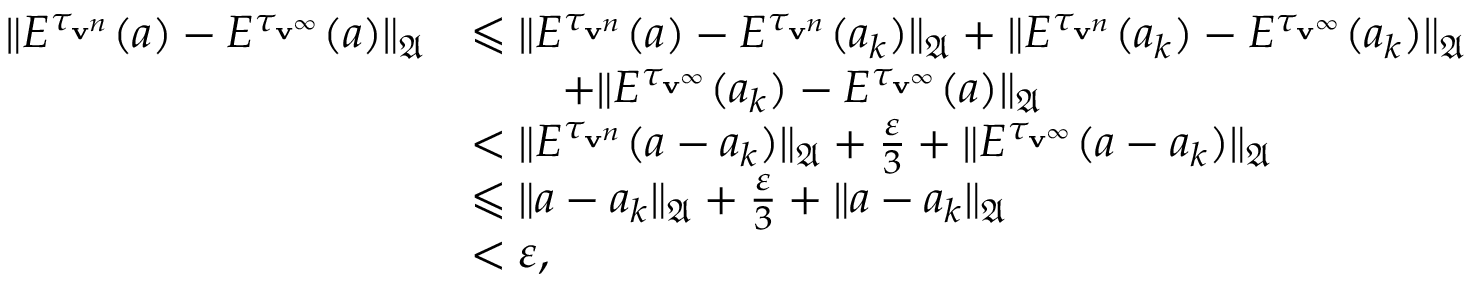
\begin{array} { r l } { \| E ^ { \tau _ { \mathbf { v } ^ { n } } } ( a ) - E ^ { \tau _ { \mathbf { v } ^ { \infty } } } ( a ) \| _ { \mathfrak { A } } } & { \leqslant \| E ^ { \tau _ { \mathbf { v } ^ { n } } } ( a ) - E ^ { \tau _ { \mathbf { v } ^ { n } } } ( a _ { k } ) \| _ { \mathfrak { A } } + \| E ^ { \tau _ { \mathbf { v } ^ { n } } } ( a _ { k } ) - E ^ { \tau _ { \mathbf { v } ^ { \infty } } } ( a _ { k } ) \| _ { \mathfrak { A } } } \\ & { \quad \quad + \| E ^ { \tau _ { \mathbf { v } ^ { \infty } } } ( a _ { k } ) - E ^ { \tau _ { \mathbf { v } ^ { \infty } } } ( a ) \| _ { \mathfrak { A } } } \\ & { < \| E ^ { \tau _ { \mathbf { v } ^ { n } } } ( a - a _ { k } ) \| _ { \mathfrak { A } } + \frac { \varepsilon } { 3 } + \| E ^ { \tau _ { \mathbf { v } ^ { \infty } } } ( a - a _ { k } ) \| _ { \mathfrak { A } } } \\ & { \leqslant \| a - a _ { k } \| _ { \mathfrak { A } } + \frac { \varepsilon } { 3 } + \| a - a _ { k } \| _ { \mathfrak { A } } } \\ & { < \varepsilon , } \end{array}